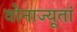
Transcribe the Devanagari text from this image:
वोनाज्यूतां